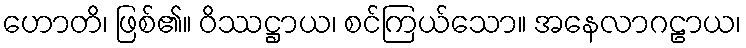
ဟောတိ၊ ဖြစ်၏။ ဝိဿဋ္ဌာယ၊ စင်ကြယ်သော။ အနေလာဂဠာယ၊